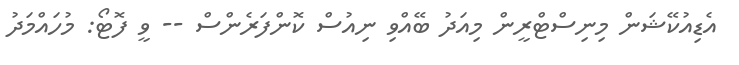
އެޑިއުކޭޝަން މިނިސްޓްރީން މިއަދު ބޭއްވި ނިއުސް ކޮންފަރެންސް -- ވީ ފޮޓޯ: މުހައްމަދު